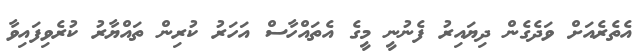
އެތެރެއަށް ވަދެގެން ދިޔައިރު ފެނުނީ މީގެ އެތައްހާސް އަހަރު ކުރިން ތައްޔާރު ކުރެވިފައިވާ